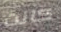
كانت